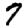
Digit: 7